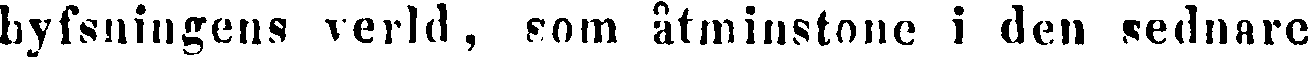
hyfsningens verld, som åtminstone i den sednare